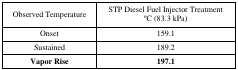
| Observed Temperature | STP Diesel Fuel Injector Treatment °C (83.3 kPa) |
 | --- | --- |
 | Onset | 159.1 |
 | Sustained | 189.2 |
 | Vapor Rise | 197.1 |